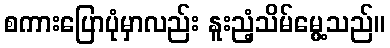
စကားပြောပုံမှာလည်း နူးညံ့သိမ်မွေ့သည်။